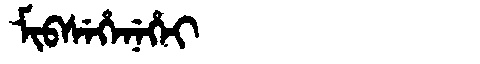
Manchu: ᠮᡳᠪᠰᡝᡥᡝᠨᡝᡥᡝᡳ
Romanization: MIBSEHENEHEI